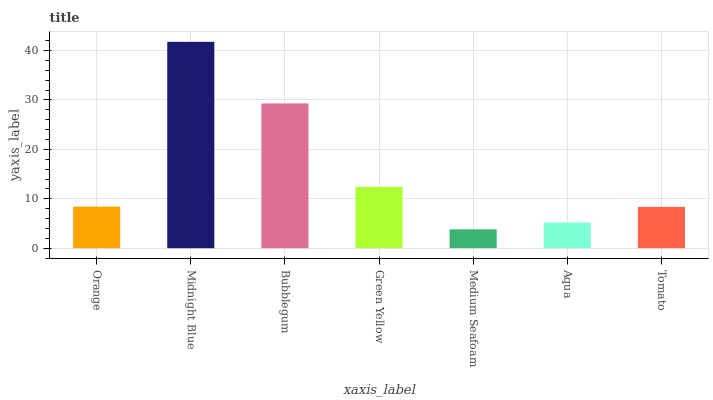
| xaxis_label | bars |
 | --- | --- |
 | Orange | 8.41 |
 | Midnight Blue | 41.8 |
 | Bubblegum | 29.3 |
 | Green Yellow | 12.4 |
 | Medium Seafoam | 3.82 |
 | Aqua | 5.19 |
 | Tomato | 8.36 |